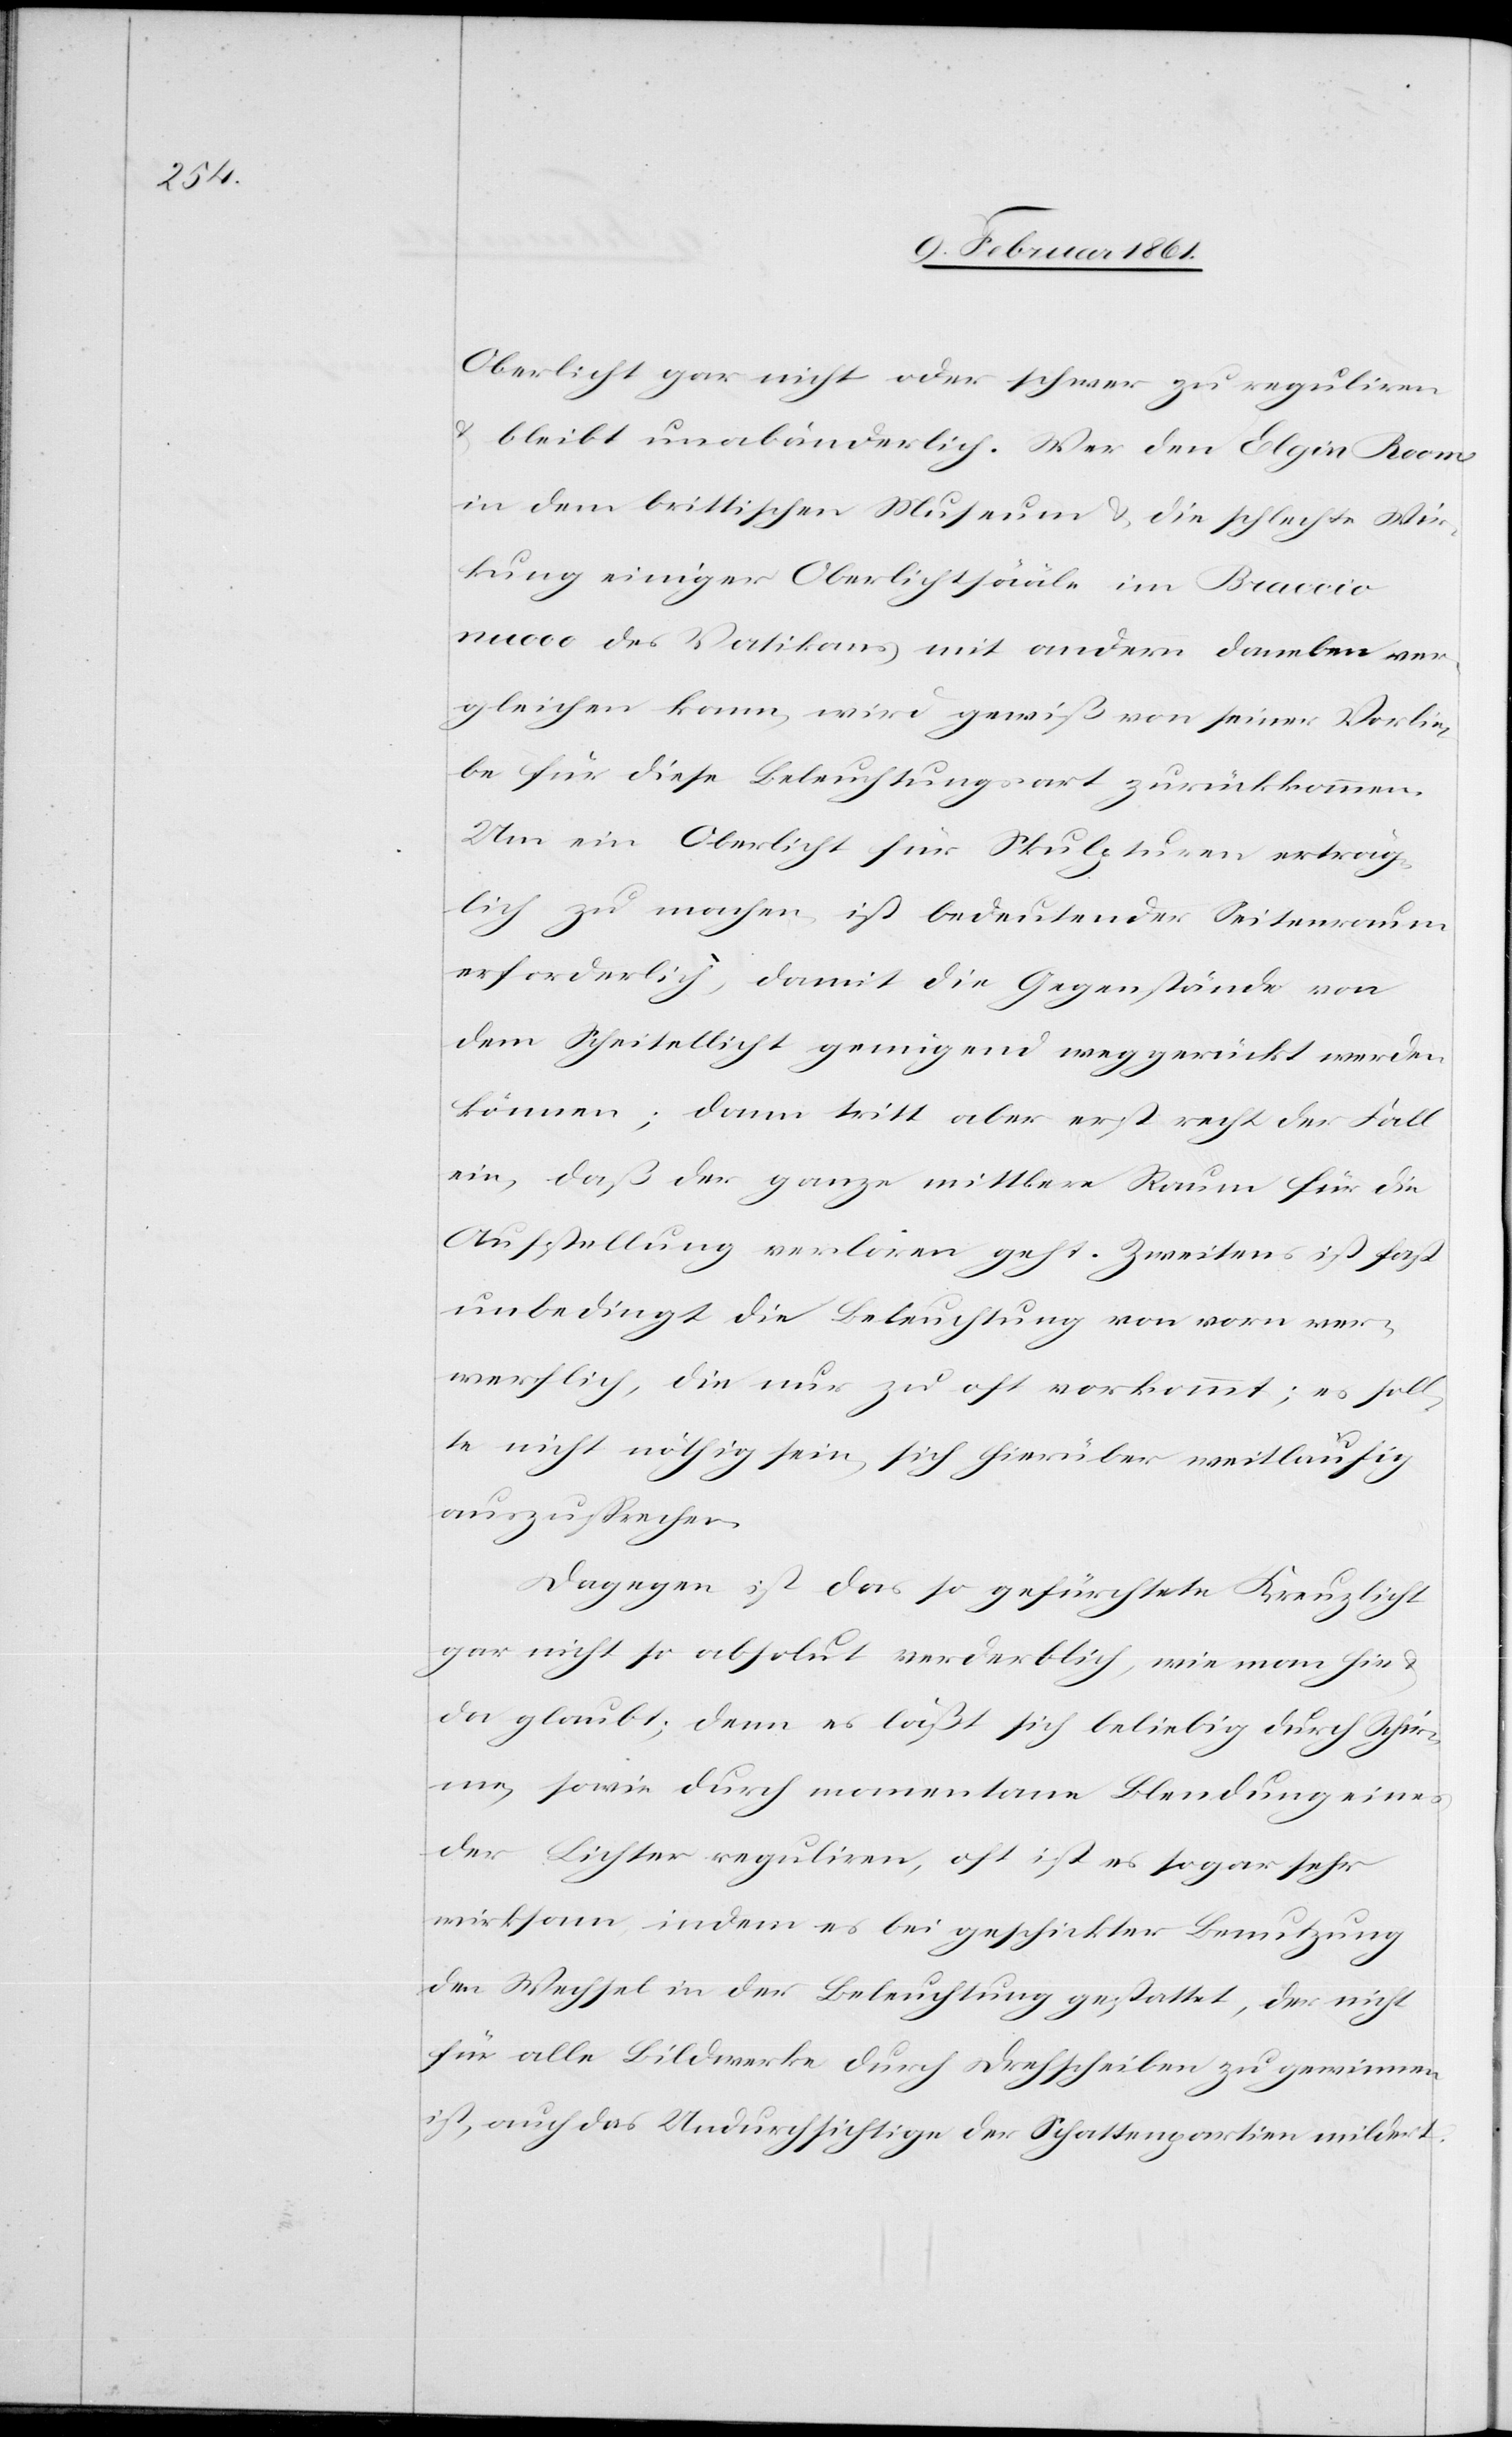
Oberlicht gar nicht oder schwer zu reguliren
u. bleibt unabänderlich. Wer den Elgin Room
in dem brittischen Museum u. die schlechte Wir¬
kung einiger Oberlichtsääle im Braccio
nuovo des Vatikans mit andern daneben ver¬
gleichen kann, wird gewiß von seiner Vorlie¬
be für diese Beleuchtungsart zurückkommen.
Um ein Oberlicht für Skulpturen erträg¬
lich zu machen, ist bedeutender Seitenraum
erforderlich, damit die Gegenstände von
dem Scheitellicht genügend weggerückt werden
können; dann tritt aber erst recht der Fall
ein, daß der ganze mittlere Raum für die
Ausstellung verloren geht. Zweitens ist fast
unbedingt die Beleuchtung von vorn ver¬
werflich, die nur zu oft vorkommt; es soll¬
te nicht nöthig sein, sich hierüber weitläufig
auszusprechen.
Dagegen ist das so gefürchtete Kreuzlicht
gar nicht so absolut verderblich, wie man hie
da glaubt; denn es läßt sich beliebig durch Schir¬
me, sowie durch momentane Blendung eines
der Lichter reguliren, oft ist es sogar sehr
wirksam indem es bei geschickter Benutzung
der Wechsel in der Beleuchtung gestatte, der nicht
für alle Bildwerke durch Drehscheiben zu gewinnen
ist, auch das Undurchsichtige der Schattenpartien mildert.